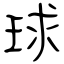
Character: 球